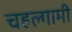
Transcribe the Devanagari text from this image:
चहल्गामी